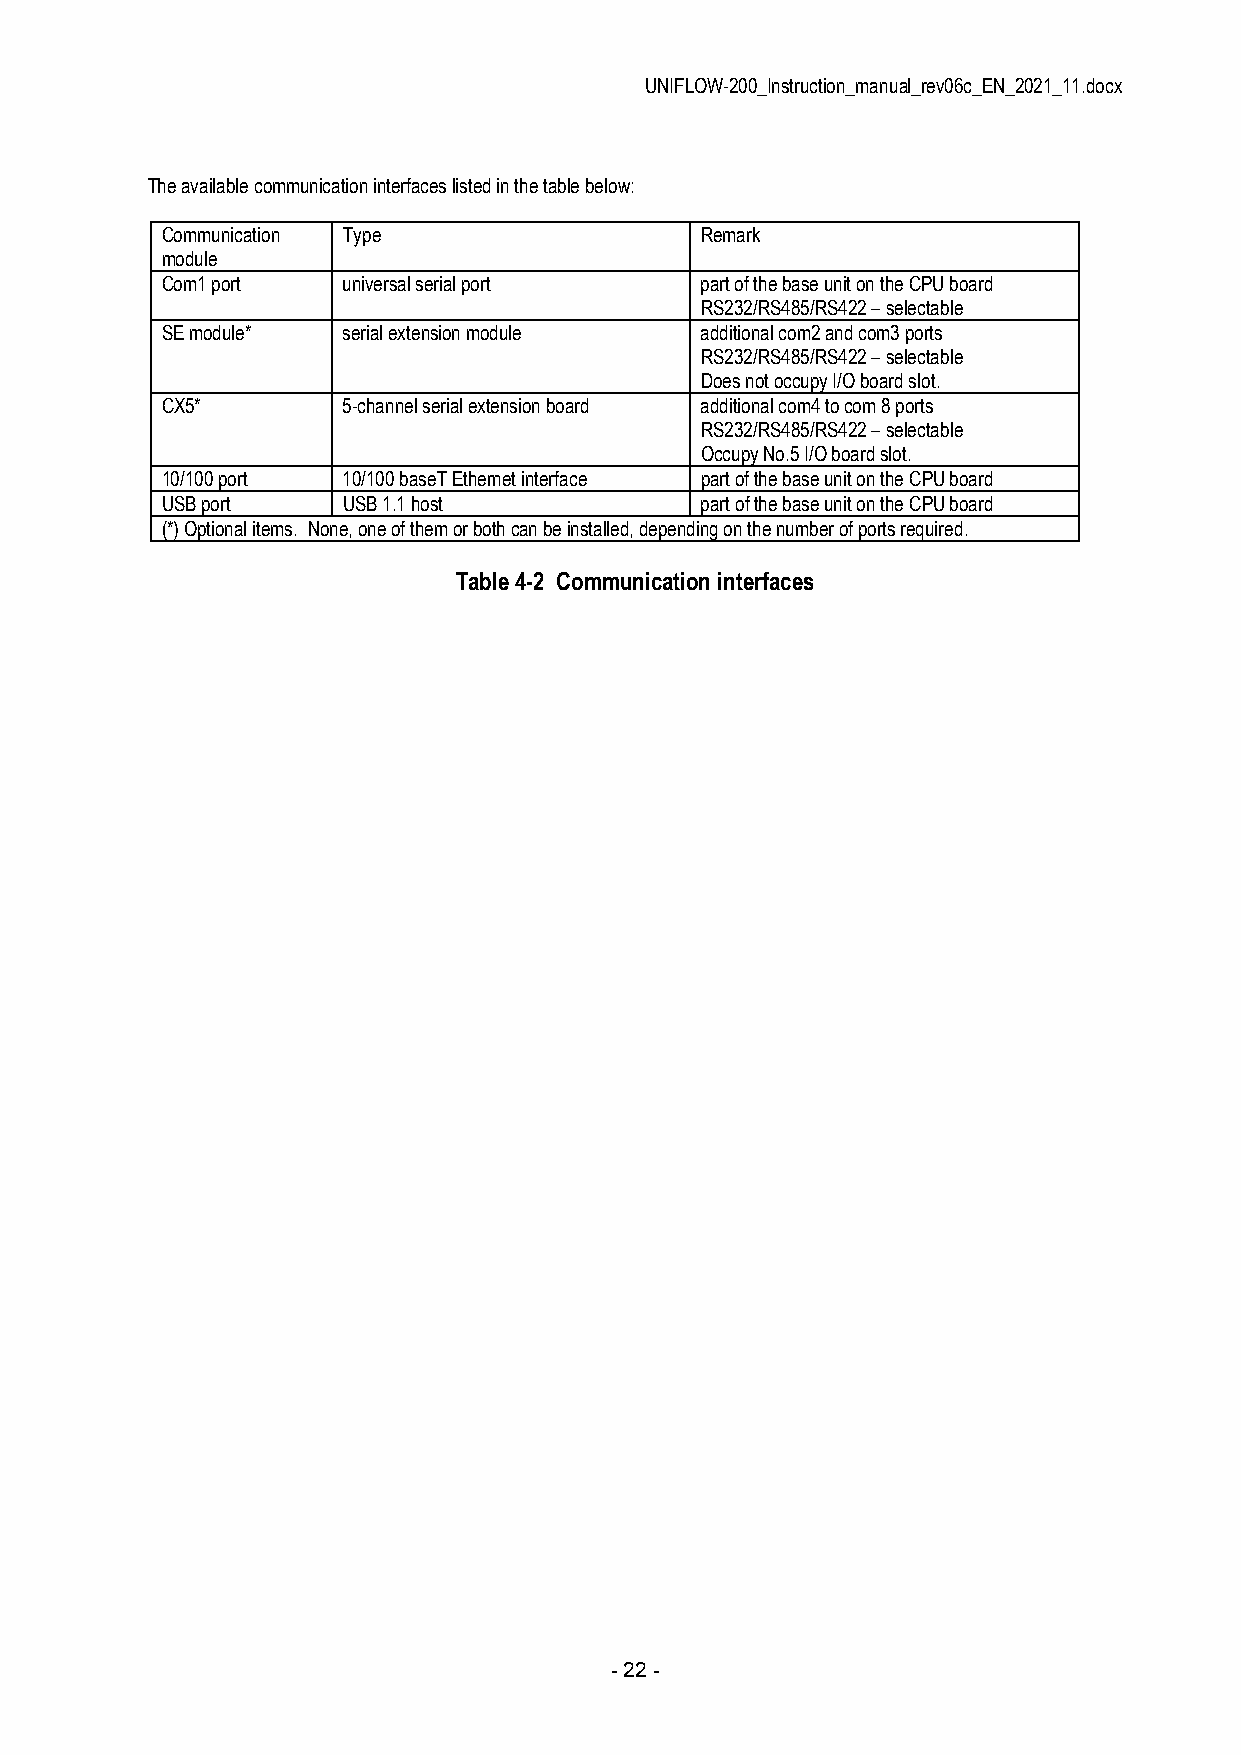
UNIFLOW-200_Instruction_manual_rev06c_EN_2021_11.docx
 The available communication interfaces listed in the table below:
 Communication Type                 Remark
 module
 Com1 port   universal serial port  part of the base unit on the CPU board
 RS232/RS485/RS422 – selectable
 SE module*  serial extension module additional com2 and com3 ports
 RS232/RS485/RS422 – selectable
 Does not occupy I/O board slot.
 CX5*        5-channel serial extension board additional com4 to com 8 ports
 RS232/RS485/RS422 – selectable
 Occupy No.5 I/O board slot.
 10/100 port 10/100 baseT Ethernet interface part of the base unit on the CPU board
 USB port    USB 1.1 host           part of the base unit on the CPU board
 (*) Optional items. None, one of them or both can be installed, depending on the number of ports required.
 Table 4-2 Communication interfaces
 - 22 -